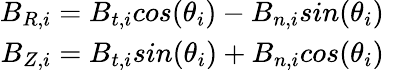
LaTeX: \begin{array}{rl}{B_{R,i}=B_{t,i}cos(\theta_{i})-B_{n,i}sin(\theta_{i})}\\ {B_{Z,i}=B_{t,i}sin(\theta_{i})+B_{n,i}cos(\theta_{i})}&{{}}\end{array}